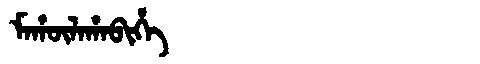
Manchu: ᠮᠠᡥᡡᠯᠠᡥᠠᠪᡳᡥᡝ
Romanization: MAHŪLAHABIHE